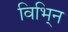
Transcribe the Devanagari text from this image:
विभि्न